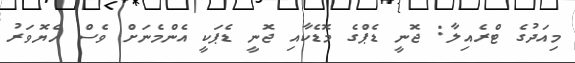
މިއަދުގެ ޓްރެއިލާ: ޖޮނީ ޑެޕްގެ މޮޑެކާއި ޖޮނީ ޑެޕަކީ އެންމެނަށް ވެސް ހެޔޮވަރު